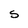
Character: S